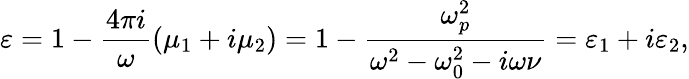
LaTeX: \varepsilon=1-\frac{4\pi i}{\omega}(\mu_{1}+i\mu_{2})=1-\frac{\omega_{p}^{2}}{\omega^{2}-\omega_{0}^{2}-i\omega\nu}=\varepsilon_{1}+i\varepsilon_{2},